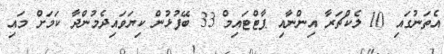
އެތަނުގައި 10 ލެކްޗަރާ އިންނާއި ޕާޓްޓައިމް 33 ބޭފުޅުން ކިޔަވައިދެމުންދާ ކަމަށް މައި